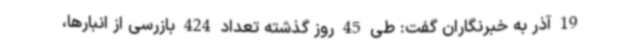
19 آذر به خبرنگاران گفت: طی 45 روز گذشته تعداد 424 بازرسی از انبارها،